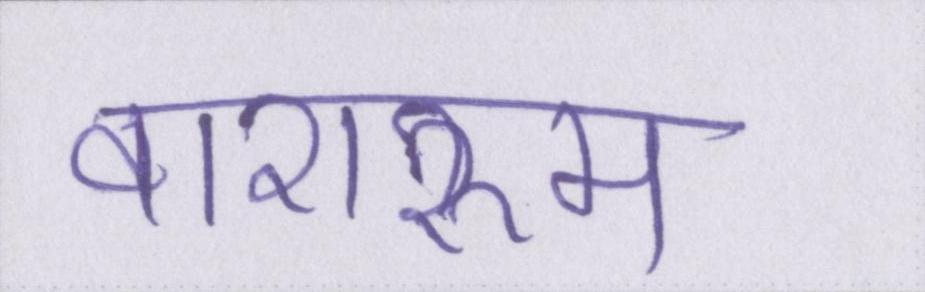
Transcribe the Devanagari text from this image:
वाशरूम